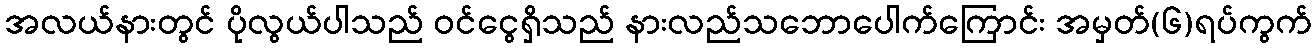
အလယ်နားတွင် ပိုလွယ်ပါသည် ဝင်ငွေရှိသည် နားလည်သဘောပေါက်ကြောင်း အမှတ်(၆)ရပ်ကွက်